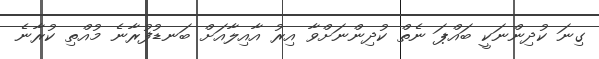
ގިނަ ކުދިންނަކީ ބައްޕަ ނެތް ކުދިންނަށްވާ އިރު އާއިލާއަށް ބަނޑުފުރާނެ މުއްތި ކުރާނެ